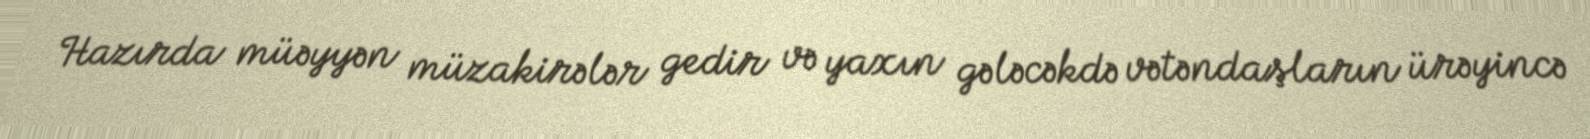
Hazırda müəyyən müzakirələr gedir və yaxın gələcəkdə vətəndaşların ürəyincə